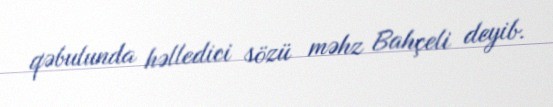
qəbulunda həlledici sözü məhz Bahçeli deyib.